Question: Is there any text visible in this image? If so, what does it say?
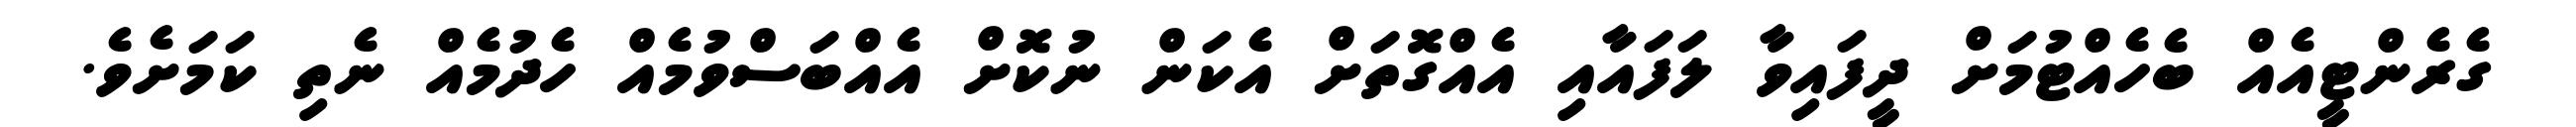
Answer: ގެރެންޓީއެއް ބެހެއްޓުމަށް ދީފައިވާ ލަފައާއި އެއްގޮތަށް އެކަން ނުކޮށް އެއްބަސްވުމެއް ހެދުމެއް ނެތި ކަމަށެވެ.